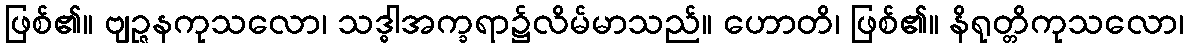
ဖြစ်၏။ ဗျဉ္ဇနကုသလော၊ သဒ္ဓါအက္ခရာ၌လိမ်မာသည်။ ဟောတိ၊ ဖြစ်၏။ နိရုတ္တိကုသလော၊